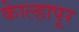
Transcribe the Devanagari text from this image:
काेेल्हापूर